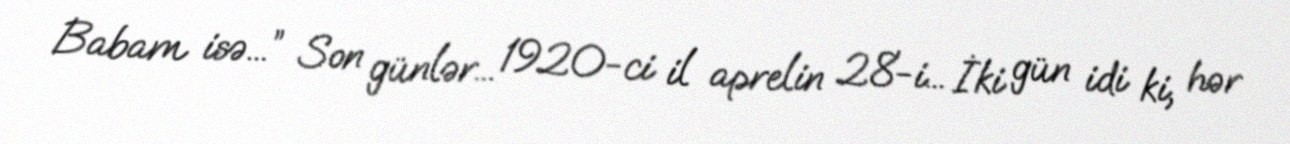
Babam isə...” Son günlər... 1920-ci il aprelin 28-i... İki gün idi ki, hər